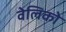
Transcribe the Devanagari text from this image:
वेलिको